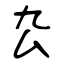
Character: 厹